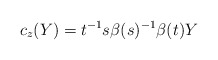
\begin{align*}c_z(Y) = t^{-1}s\beta(s)^{-1}\beta(t) Y\end{align*}